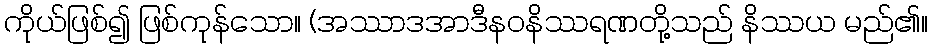
ကိုယ်ဖြစ်၍ ဖြစ်ကုန်သော။ (အဿာဒအာဒီနဝနိဿရဏတို့သည် နိဿယ မည်၏။